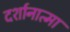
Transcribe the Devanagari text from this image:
दर्शानात्मा